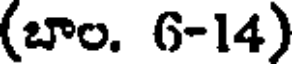
(బాం. 6-14)